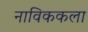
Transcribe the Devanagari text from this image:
नाविककला